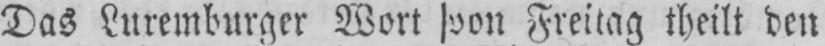
Das Luxemburger Wort von Freitag theilt den